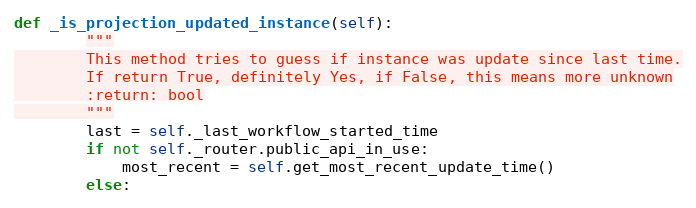
Language: Python
def _is_projection_updated_instance(self):
        """
        This method tries to guess if instance was update since last time.
        If return True, definitely Yes, if False, this means more unknown
        :return: bool
        """
        last = self._last_workflow_started_time
        if not self._router.public_api_in_use:
            most_recent = self.get_most_recent_update_time()
        else: